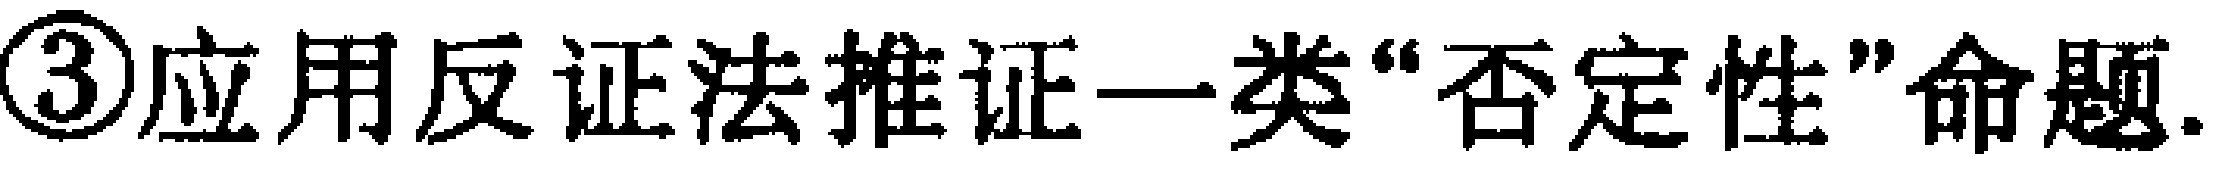
\textcircled{3}应用反证法推证一类“否定性”命题.